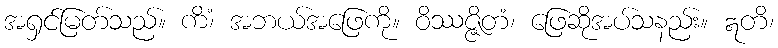
အရှင်မြတ်သည်။ ကိံ၊ အဘယ်အဖြေကို။ ဝိဿဇ္ဇိတံ၊ ဖြေဆိုအပ်သနည်း။ ဣတိ၊